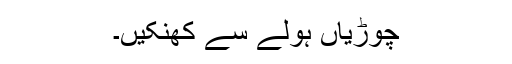
چوڑیاں ہولے سے کھنکیں۔